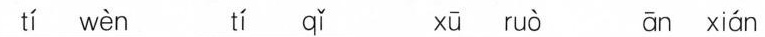
tí wèn tí qǐ xū ruò ān xián